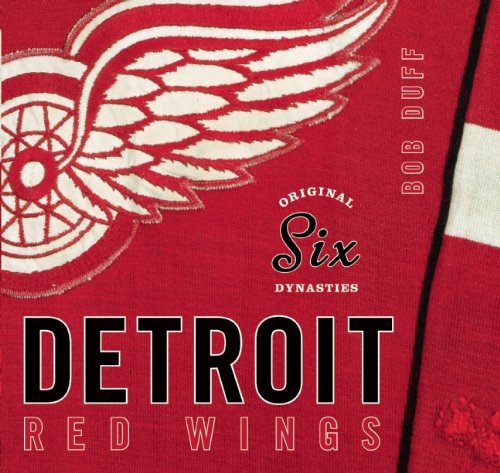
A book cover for Original Six Dynasties: The Detroit Red Wings; Bob Duff; Arts & Photography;